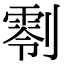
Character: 𠟨